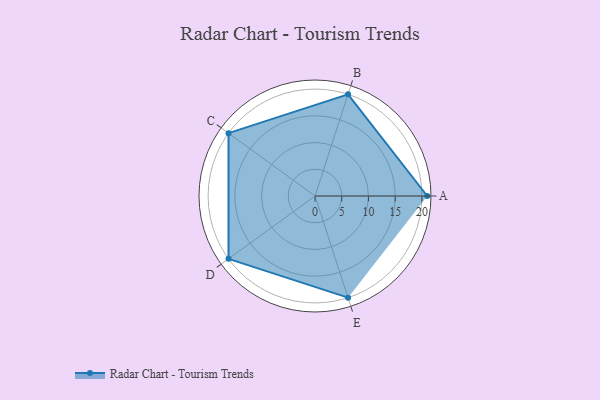
{"axis": {"x": "Skill", "y": "Score"}, "legend": ["Profile"], "data": [{"x": "A", "y": 21.0, "type": "Profile"}, {"x": "B", "y": 20, "type": "Profile"}, {"x": "C", "y": 20, "type": "Profile"}, {"x": "D", "y": 20, "type": "Profile"}, {"x": "E", "y": 20, "type": "Profile"}]}